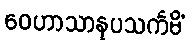
ဝေဟာသာနုပသင်္ကမိံ